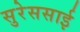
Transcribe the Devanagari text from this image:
सुरेससाई